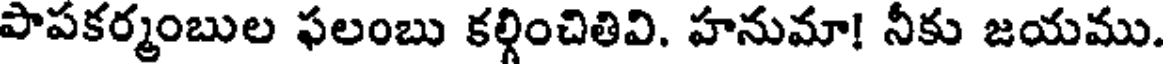
పాపకర్మంబుల ఫలంబు కల్గించితివి. హనుమా! నీకు జయము.